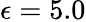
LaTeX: \epsilon=5.0